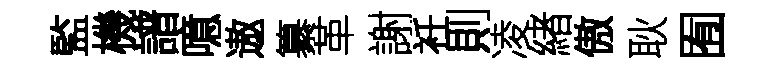
監機譜噫遨纂革謝衽則凌緖傲耿囿